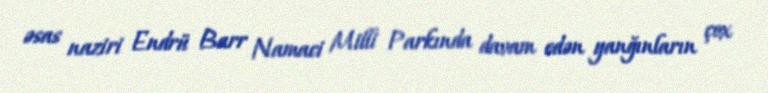
əsas naziri Endrü Barr Namaci Milli Parkında davam edən yanğınların çox